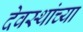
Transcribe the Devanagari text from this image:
देवस्थांच्या